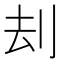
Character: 刦